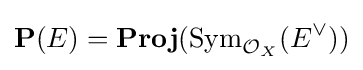
\mathbf {P} (E)=\mathbf {Proj} (\operatorname {Sym} _{{\mathcal {O}}_{X}}(E^{\vee }))